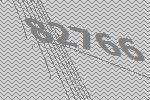
82766